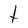
Character: t